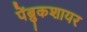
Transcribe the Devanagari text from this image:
पेंब्रुकशायर